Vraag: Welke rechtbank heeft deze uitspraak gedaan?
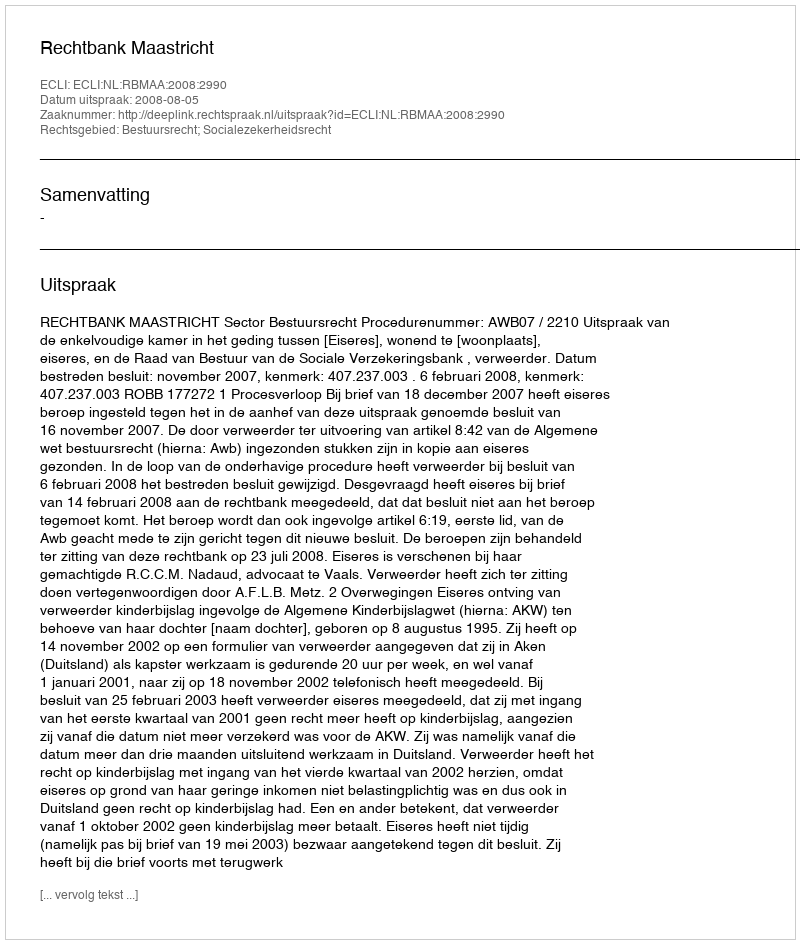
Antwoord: Rechtbank Maastricht